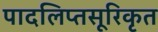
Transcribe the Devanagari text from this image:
पादलिप्तसूरिकृत